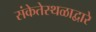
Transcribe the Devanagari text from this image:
संकेतेस्थळाद्वारे